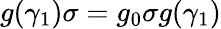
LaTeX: g(\gamma_{1})\sigma=g_{0}\sigma g(\gamma_{1})